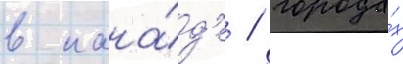
в кана́д'е / города́х